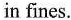
in fines.